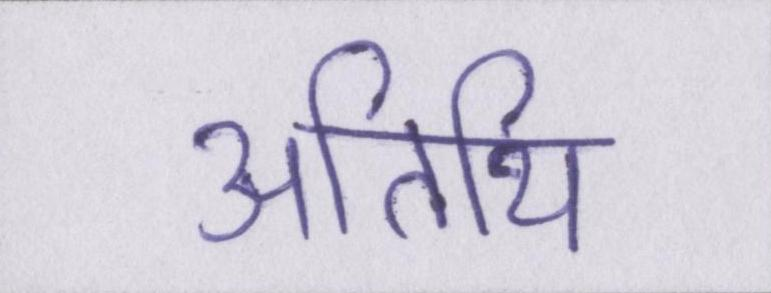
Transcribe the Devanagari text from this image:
अतिथि